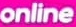
online